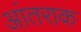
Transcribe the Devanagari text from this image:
आंतराक